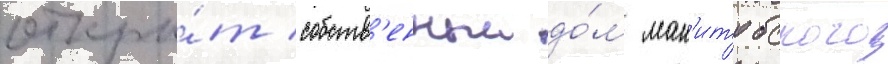
откры́т собств'енныи до́м ман'итобского